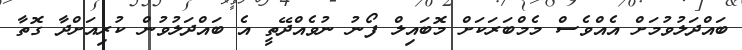
ބައްދަލުވުމަށް އެއްވެސް މެމްބަރަކަށް މޮބައިލް ފޯނު ނުވެއްދޭތީ އެ ބައްދަލުވުން ކުރިއަށްދާ ގޮތާ